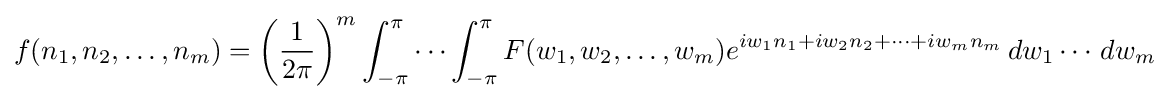
f(n_{1},n_{2},\dots ,n_{m})=\left({\frac {1}{2\pi }}\right)^{m}\int _{-\pi }^{\pi }\cdots \int _{-\pi }^{\pi }F(w_{1},w_{2},\ldots ,w_{m})e^{iw_{1}n_{1}+iw_{2}n_{2}+\cdots +iw_{m}n_{m}}\,dw_{1}\cdots \,dw_{m}